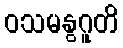
ဝသမနွဂူတိ